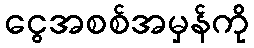
ငွေအစစ်အမှန်ကို